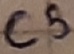
Text: C5